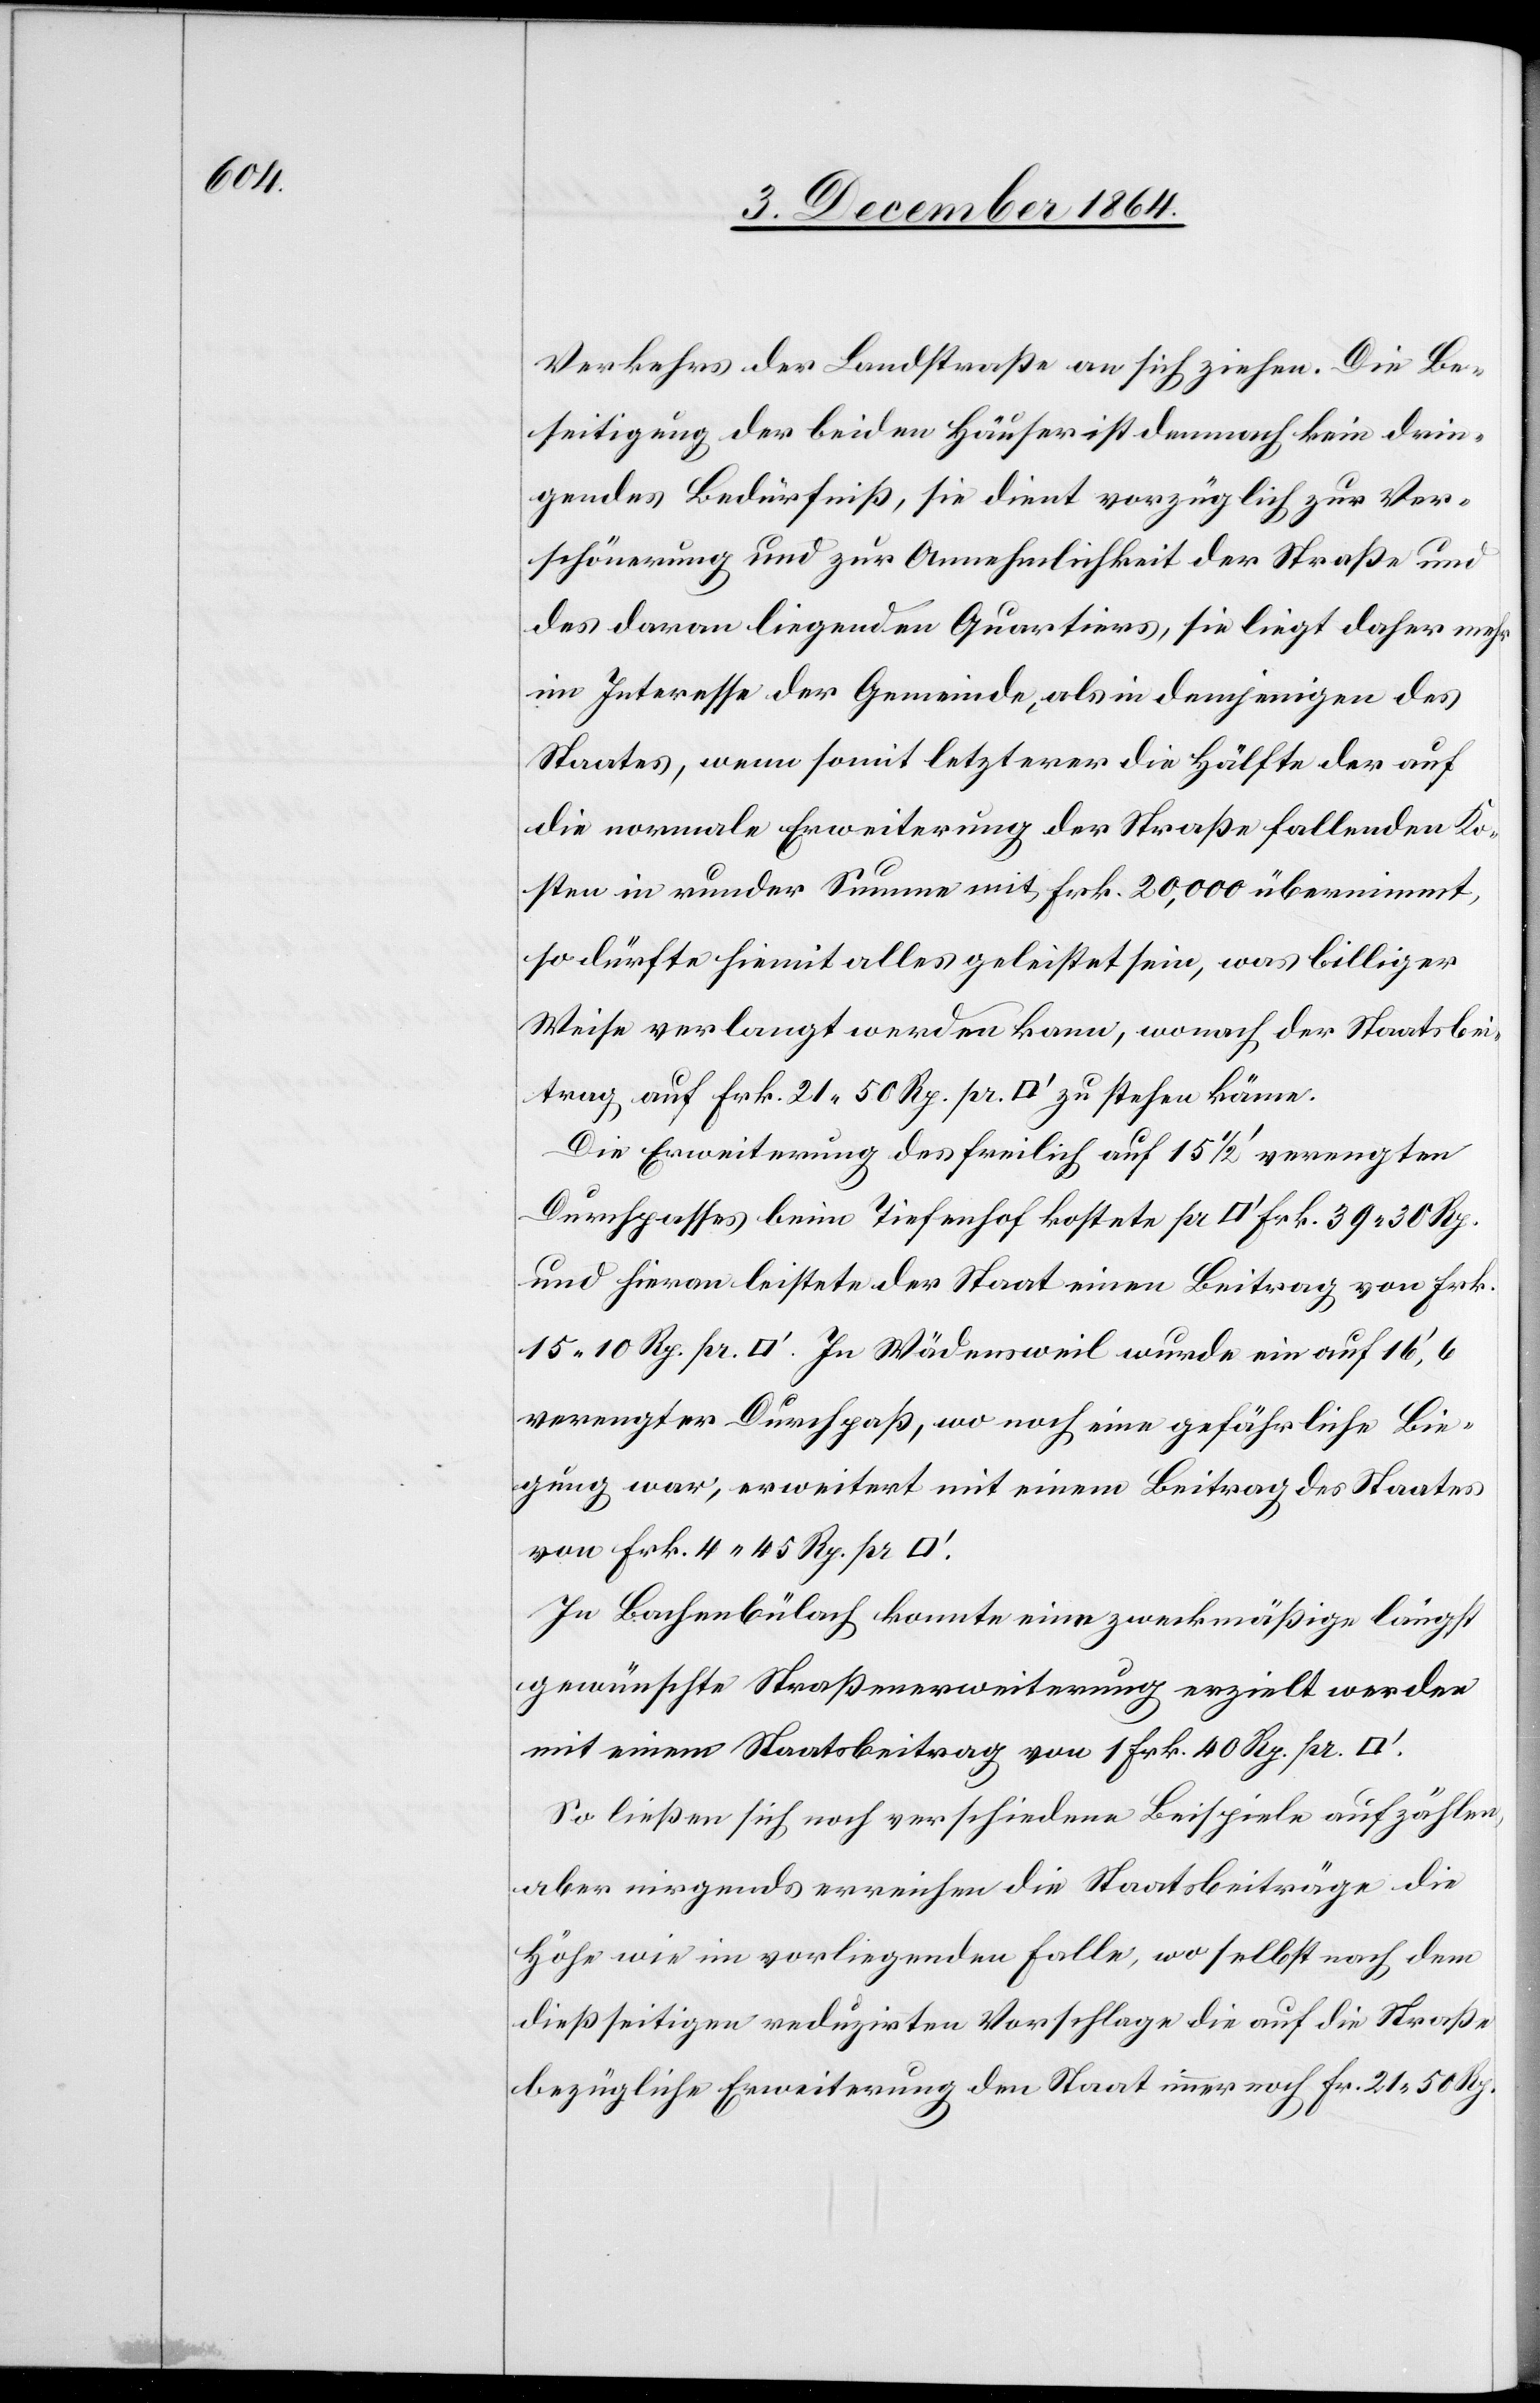
Verkehrs der Landstraße an sich ziehen. Die Be¬
seitigung der beiden Häuser ist demnach kein drin¬
gendes Bedürfniß, sie dient vorzüglich zur Ver¬
schönerung und zur Annehmlichkeit der Straße und
des daran liegenden Quartiers, sie liegt daher mehr
im Interesse der Gemeinde als in demjenigen des
Staates, wenn somit letzterer die Hälfte der auf
die normale Erweiterung der Straße fallenden Ko¬
sten in runder Summe mit Frk. 20,000 übernimmt,
so dürfte hiemit alles geleistet sein, was billiger
Weise verlangt werden kann, wonach der Staatsbei¬
trag auf Frk. 21 50 Rp. pr. [Quadratfuss] zu stehen käme.
Die Erweiterung des freilich auf 15 1/2’ verengten
Durchlasses beim Tiefenhof kostete pr [Quadratfuss] Frk. 39 30 Rp.
und hieran leistete der Staat einen Beitrag von Frk.
15 10 Rp. pr. [Quadratfuss]. In Wädensweil wurde ein auf 16’,6
verengter Durchpaß, wo noch eine gefährliche Bie¬
gung war, erweitert mit einem Beitrag des Staates
von Frk. 4 45 Rp. pr
In Bachenbülach konnte eine zweckmäßige längst
gewünschte Straßenerweiterung erzielt werden
mit einem Staatsbeitrag von 1 Frk. 40 Rp. pr.
So ließen sich noch verschiedene Beispiele aufzählen,
aber nirgends erreichten die Staatsbeiträge die
Höhe wie im vorliegenden Falle, wo selbst nach dem
dießseitigen reduzirten Vorschlage die auf die Straße
bezügliche Erweiterung den Staat immer noch Frk. 21 50 Rp.